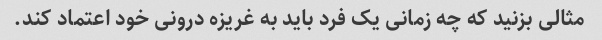
مثالی بزنید که چه زمانی یک فرد باید به غریزه درونی خود اعتماد کند.